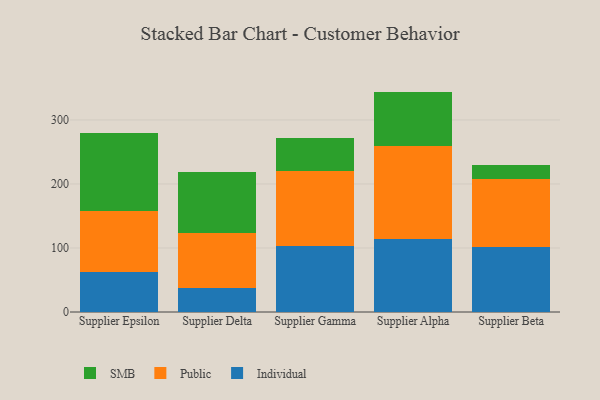
{"axis": {"x": "Supplier", "y": "Humidity (%)"}, "legend": ["Individual", "Public", "SMB"], "data": [{"x": "Supplier Epsilon", "y": 62.8, "type": "Individual"}, {"x": "Supplier Epsilon", "y": 95.3, "type": "Public"}, {"x": "Supplier Epsilon", "y": 121.4, "type": "SMB"}, {"x": "Supplier Delta", "y": 37.9, "type": "Individual"}, {"x": "Supplier Delta", "y": 85.5, "type": "Public"}, {"x": "Supplier Delta", "y": 96.0, "type": "SMB"}, {"x": "Supplier Gamma", "y": 102.4, "type": "Individual"}, {"x": "Supplier Gamma", "y": 118.6, "type": "Public"}, {"x": "Supplier Gamma", "y": 51.4, "type": "SMB"}, {"x": "Supplier Alpha", "y": 114.4, "type": "Individual"}, {"x": "Supplier Alpha", "y": 144.8, "type": "Public"}, {"x": "Supplier Alpha", "y": 85.1, "type": "SMB"}, {"x": "Supplier Beta", "y": 101.4, "type": "Individual"}, {"x": "Supplier Beta", "y": 106.1, "type": "Public"}, {"x": "Supplier Beta", "y": 21.5, "type": "SMB"}]}